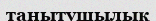
танытушылық